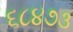
૬૮૪૭૩